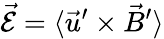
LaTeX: {\vec{\cal E}}=\langle\vec{u}^{\prime}\times\vec{B}^{\prime}\rangle